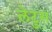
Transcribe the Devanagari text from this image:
लेटुस